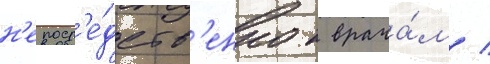
н'епоср'е́дств'енно к врача́м /